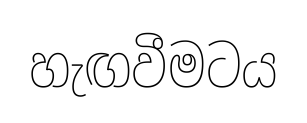
හැඟවීමටය